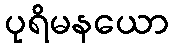
ပုရိမနယော